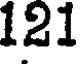
121